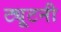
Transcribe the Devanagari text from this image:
ट्यूटनी